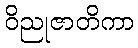
ဝိညုဇာတိကာ